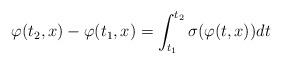
LaTeX: \begin{align*}\varphi(t_2,x)-\varphi(t_1,x)=\int_{t_1}^{t_2}\sigma(\varphi(t,x))dt\end{align*}